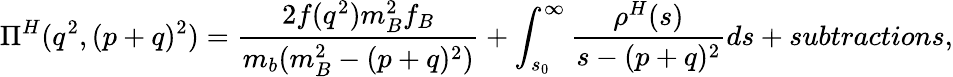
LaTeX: \Pi^{H}(q^{2},(p+q)^{2})=\frac{2f(q^{2})m_{B}^{2}f_{B}}{m_{b}(m_{B}^{2}-(p+q)^{2})}+\int_{s_{0}}^{\infty}\frac{\rho^{H}(s)}{s-(p+q)^{2}}ds+subtractions,